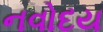
નવોદય